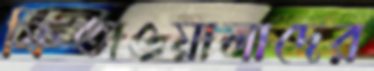
ফিতাওয়ালাদের